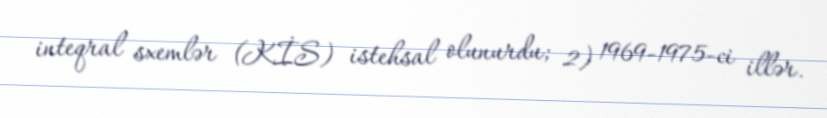
inteqral sxemlər (KİS) istehsal olunurdu; 2) 1969‐1975‐ci illər.